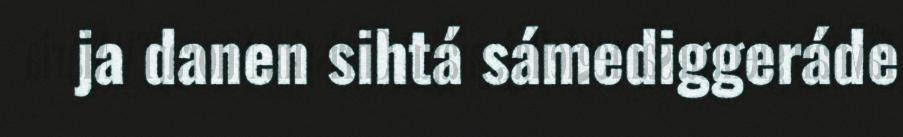
ja danen sihtá sámediggeráde